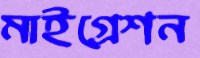
মাইগ্রেশন